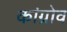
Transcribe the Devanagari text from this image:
कांग्रोव